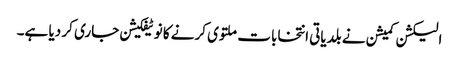
الیکشن کمیشن نے بلدیاتی انتخابات ملتوی کرنے کا نوٹیفکیشن جاری کر دیا ہے۔